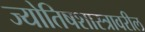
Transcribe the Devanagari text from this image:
ज्योतिषशास्त्रावरील